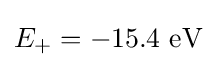
{{E}_{+}}=-15.4{\text{ eV}}